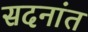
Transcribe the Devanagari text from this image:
सदनांत